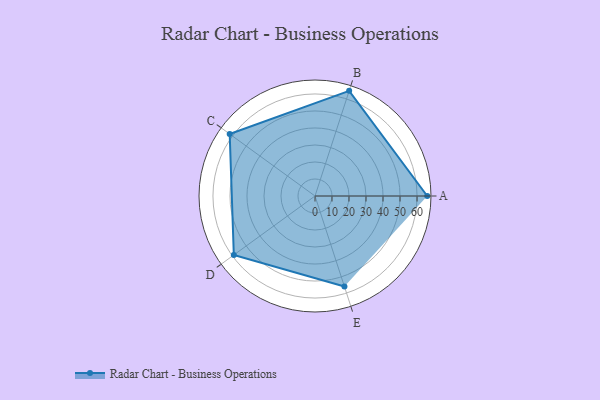
{"axis": {"x": "Skill", "y": "Score"}, "legend": ["Profile"], "data": [{"x": "A", "y": 66.0, "type": "Profile"}, {"x": "B", "y": 65.0, "type": "Profile"}, {"x": "C", "y": 62.0, "type": "Profile"}, {"x": "D", "y": 59.0, "type": "Profile"}, {"x": "E", "y": 56.0, "type": "Profile"}]}